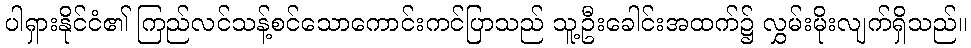
ပါရှားနိုင်ငံ၏ ကြည်လင်သန့်စင်သောကောင်းကင်ပြာသည် သူ့ဦးခေါင်းအထက်၌ လွှမ်းမိုးလျက်ရှိသည်။